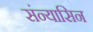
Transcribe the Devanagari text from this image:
संन्यासिन